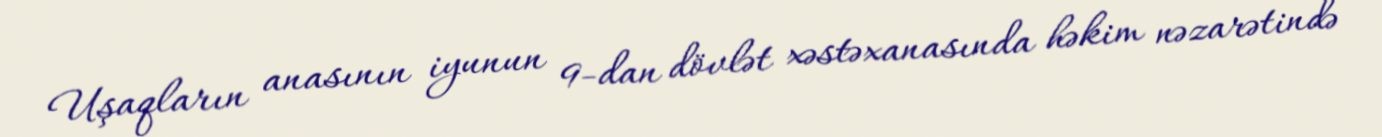
Uşaqların anasının iyunun 9-dan dövlət xəstəxanasında həkim nəzarətində